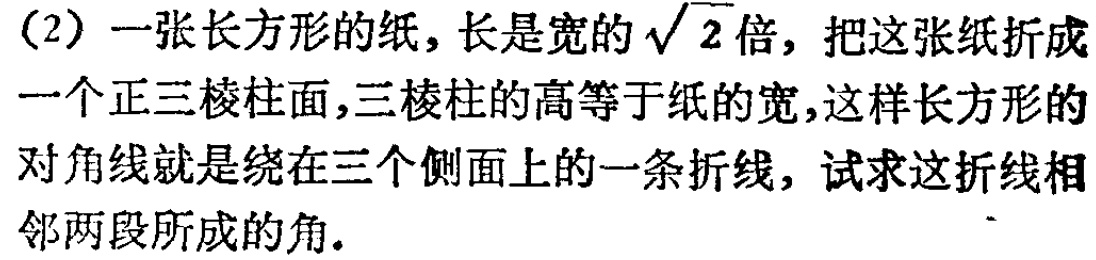
(2) 一张长方形的纸，长是宽的\(\sqrt{2}\)倍，把这张纸折成一个正三棱柱面，三棱柱的高等于纸的宽，这样长方形的对角线就是绕在三个侧面上的一条折线，试求这折线相邻两段所成的角.